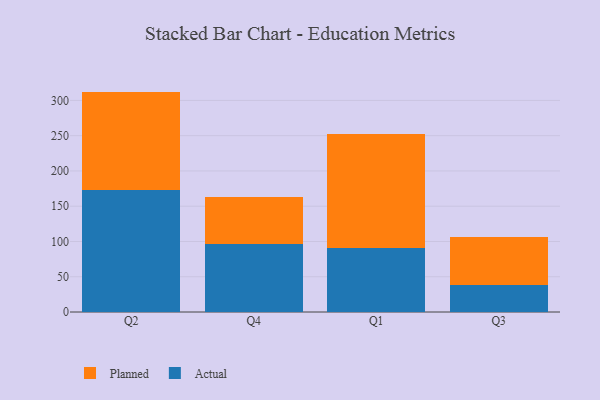
{"axis": {"x": "Quarter", "y": "Temperature (°C)"}, "legend": ["Actual", "Planned"], "data": [{"x": "Q2", "y": 173.5, "type": "Actual"}, {"x": "Q2", "y": 139.0, "type": "Planned"}, {"x": "Q4", "y": 95.8, "type": "Actual"}, {"x": "Q4", "y": 67.7, "type": "Planned"}, {"x": "Q1", "y": 91.3, "type": "Actual"}, {"x": "Q1", "y": 160.9, "type": "Planned"}, {"x": "Q3", "y": 38.9, "type": "Actual"}, {"x": "Q3", "y": 67.7, "type": "Planned"}]}